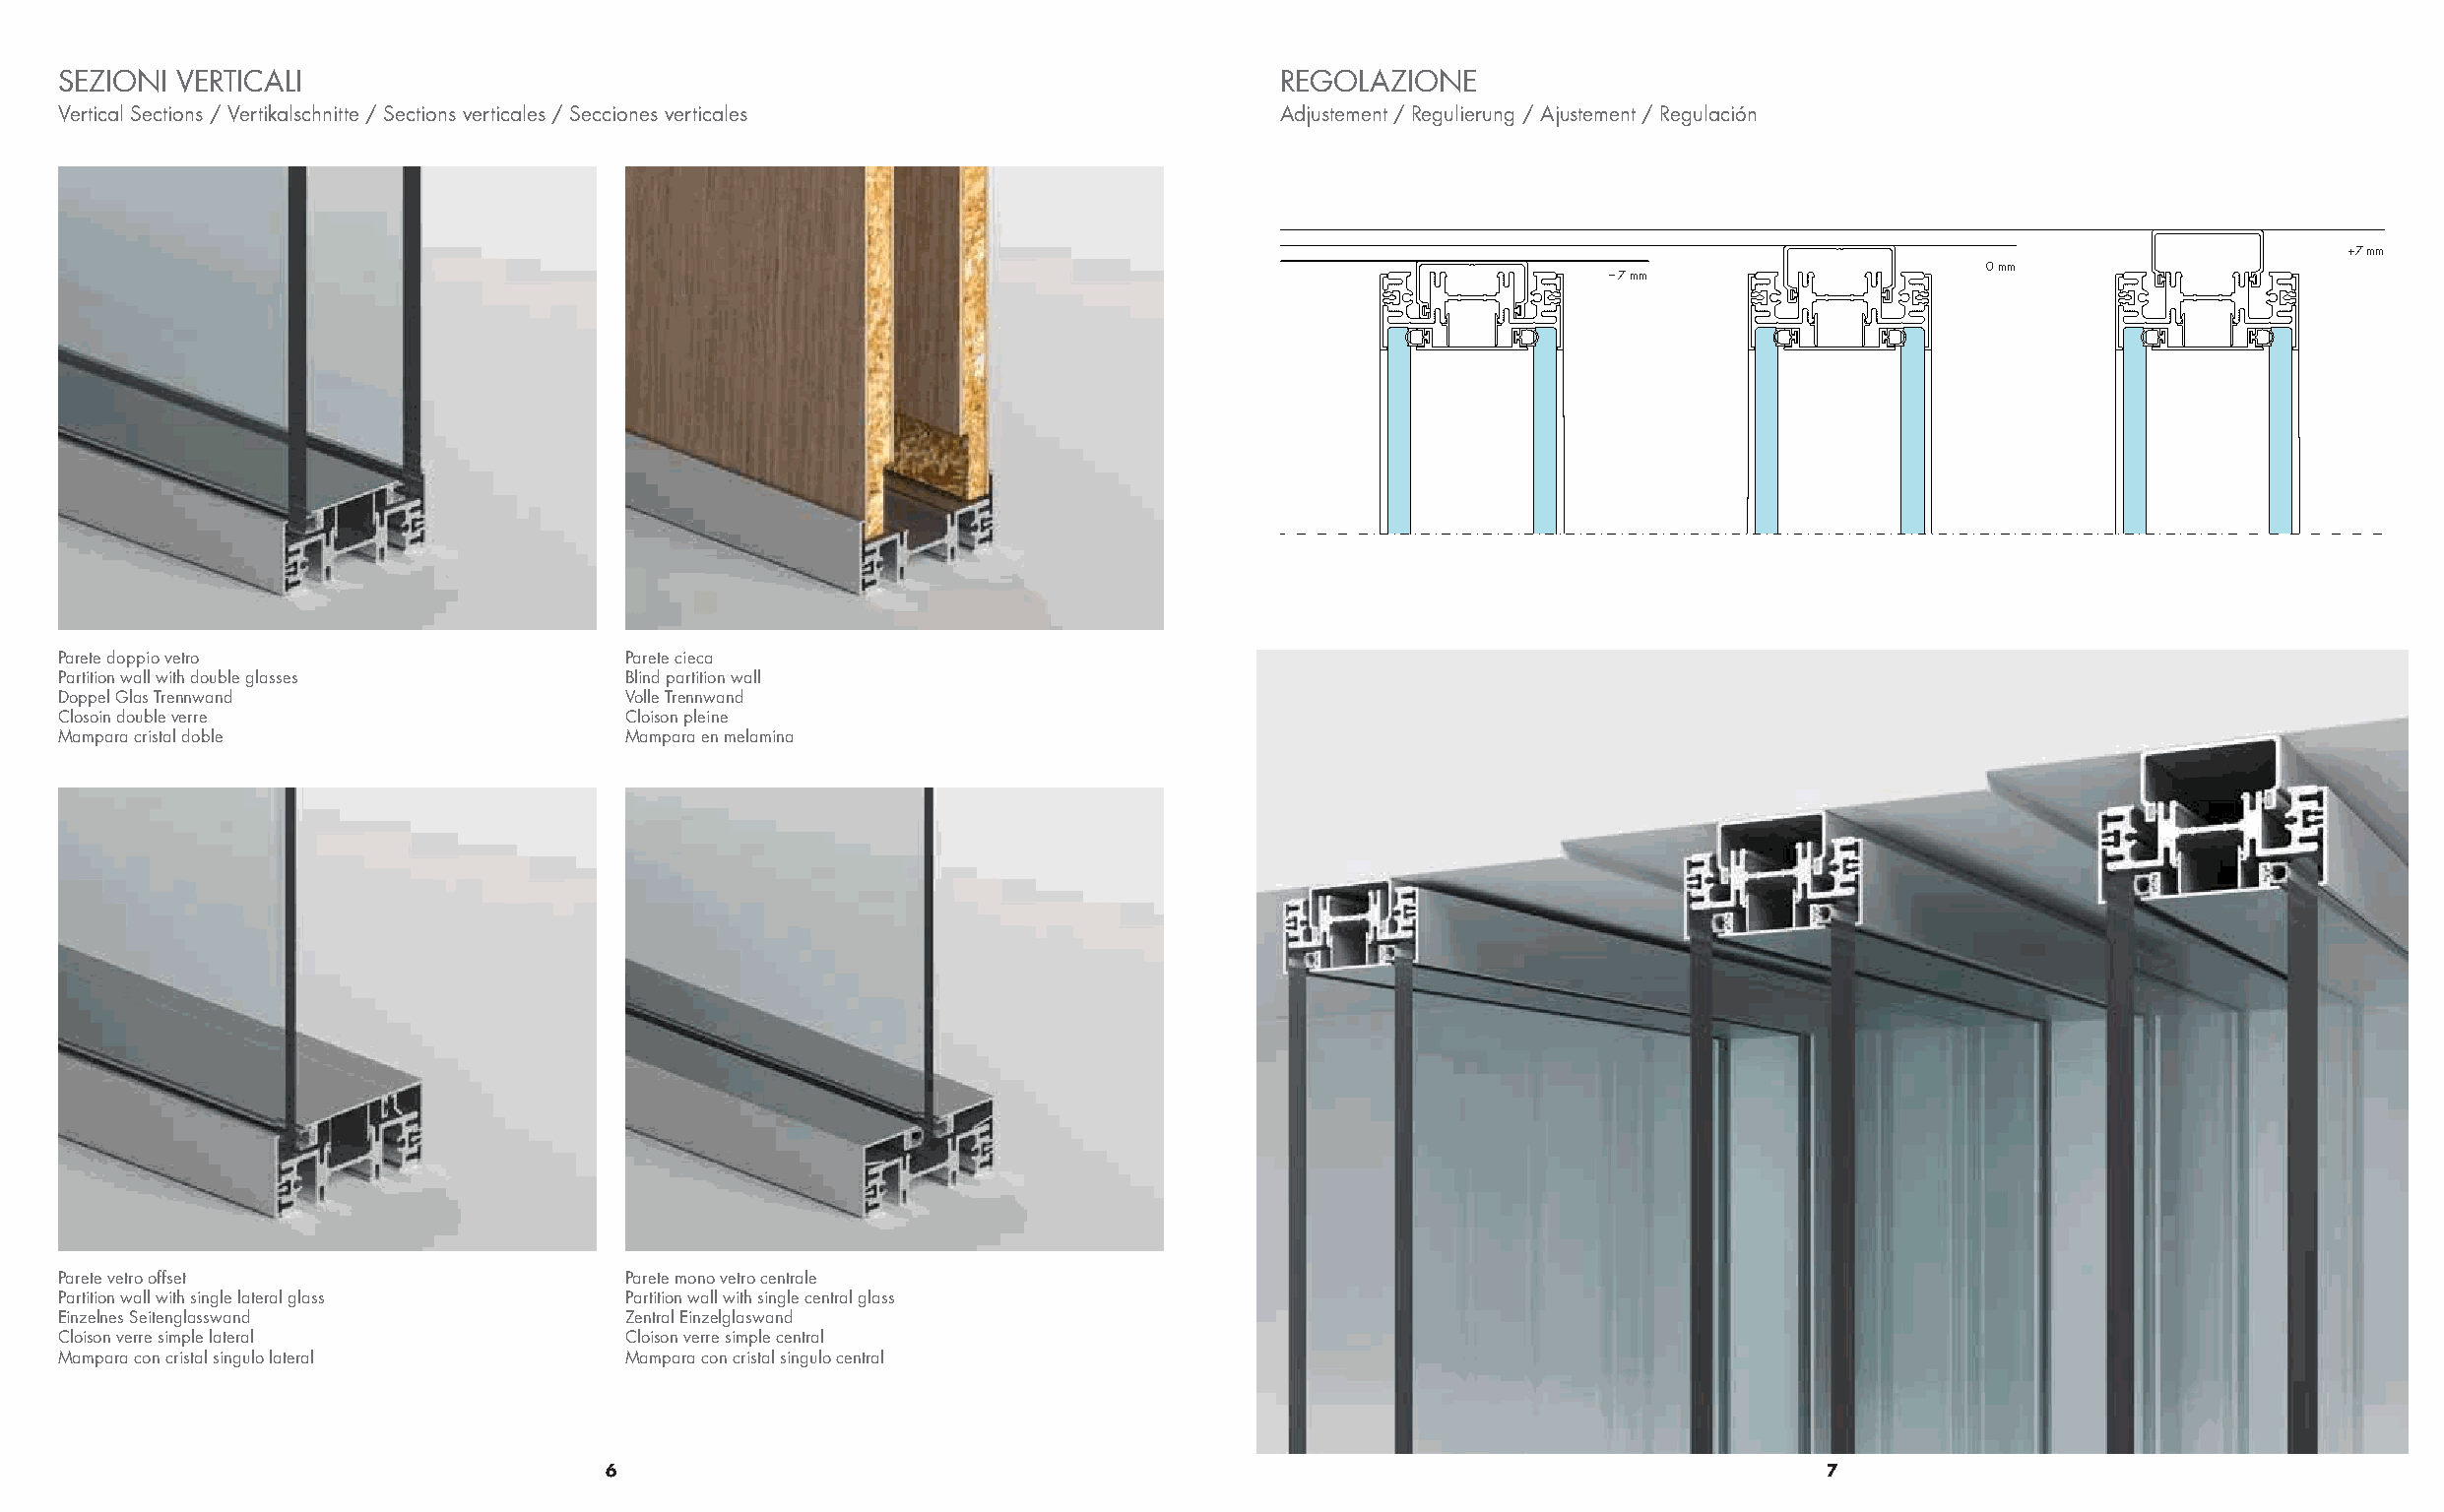
SEZIONI VERTICALI                                                                 REGOLAZIONE
 Vertical Sections / Vertikalschnitte / Sections verticales / Secciones verticales Adjustement / Regulierung / Ajustement / Regulación
 +7 mm
 0 mm
 – 7 mm
 Parete doppio vetro                   Parete cieca
 Partition wall with double glasses    Blind partition wall
 Doppel Glas Trennwand                 Volle Trennwand
 Closoin double verre                  Cloison pleine
 Mampara cristal doble                 Mampara en melamina
 Parete vetro offset                   Parete mono vetro centrale
 Partition wall with single lateral glass Partition wall with single central glass
 Einzelnes Seitenglasswand             Zentral Einzelglaswand
 Cloison verre simple lateral          Cloison verre simple central
 Mampara con cristal singulo lateral   Mampara con cristal singulo central
 6                                                                                 7